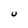
Character: U